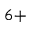
^ { 6 + }